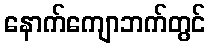
နောက်ကျောဘက်တွင်